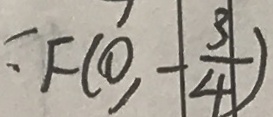
: F ( 0 , - \frac { 3 } { 4 } )